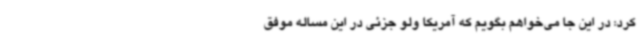
کرد: در این جا می‌خواهم بگویم که آمریکا ولو جزئی در این مساله موفق